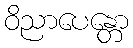
ဝိညာပေန္တော